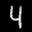
Label: 4